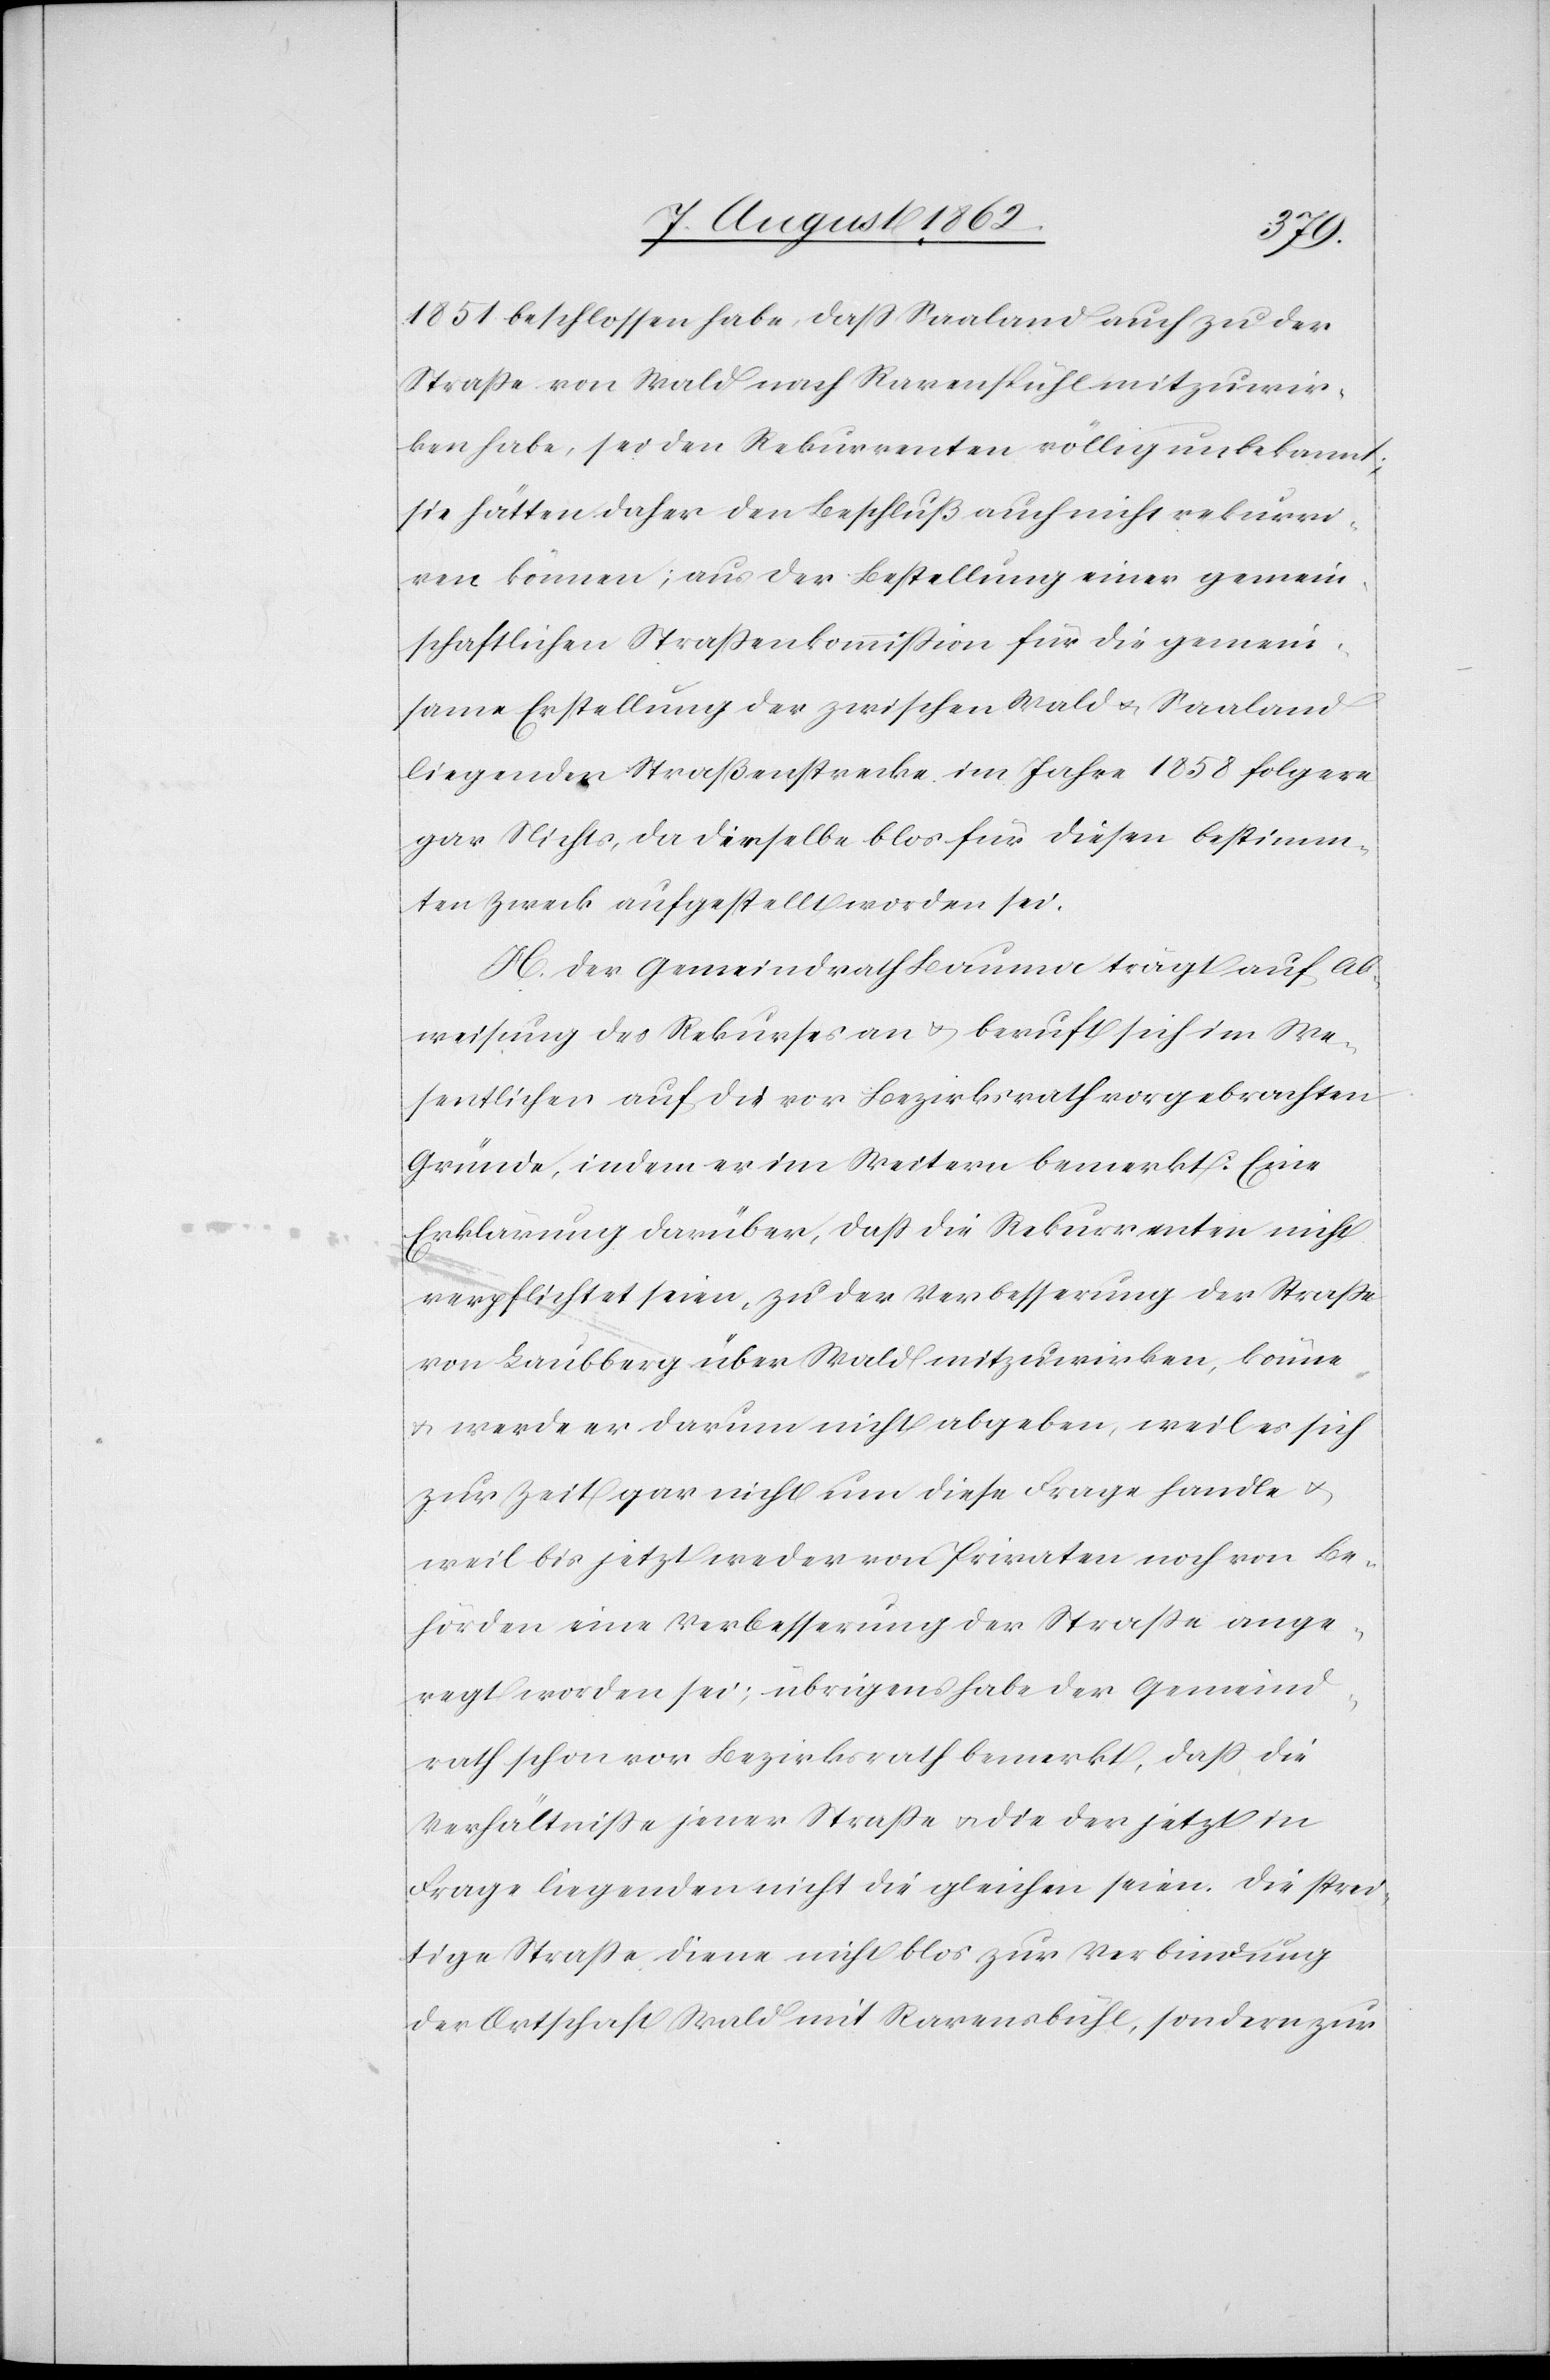
1851 beschlossen habe, daß Saaland auch zu der
Straße von Wald nach Ravenspühl [sic!] mitzuwir¬
ken habe, sei den Rekurrenten völlig unbekannt;
sie hätten daher den Beschluß auch nicht rekurri¬
ren können; aus der Bestellungen einer gemein¬
schaftlichen Straßenkommission für die gemein¬
same Erstellung der zwischen Wald u. Saaland
liegenden Straßenstrecke im Jahre 1858 folgere
gar Nichts, da derselbe bloß für diesen bestimm¬
ten Zweck aufgestellt worden sei.
H. Der Gemeindrath Bauma trägt auf Ab¬
weisung des Rekurses an u. beruft sich im We¬
sentlichen auf die vor Bezirksrath vorgebrachten
Gründe, indem er im Weitern bemerkt: Eine
Erklärung darüber, daß die Rekurrenten nicht
verpflichtet seien, zu der Verbesserung der Straße
von Laubberg über Wald mitzuwirken, könne
u. werde er darum nicht abgeben, weil es sich
zur Zeit gar nicht um diese Frage handle u.
weil bis jetzt weder von Privaten noch von Be¬
hörden eine Verbesserung der Straße ange¬
regt worden sei; übrigens habe der Gemeind¬
rath schon vor Bezirksrath bemerkt, daß die
Verhältnisse jener Straße u. die der jetzt in
Frage liegenden nicht die gleichen seien. Die strei¬
tige Straße diene nicht blos zur Verbindung
der Ortschaft Wald mit Ravensbühl, sondern zur